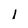
Character: 1